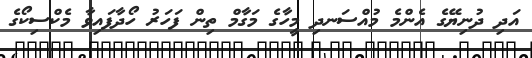
އަދި ދުނިޔޭގެ އެންމެ މުއްސަނދި މީހާގެ މަގާމް ތިން ފަހަރު ހޯދާފައިވާ މެކްސިކޯގެ